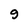
Character: 9